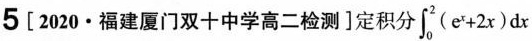
5[2020.福建厦门双十中学高二检测]定积分]$$\int _ { 0 } ^ { 2 } ( e ^ { x } + 2 x ) d x$$